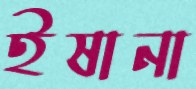
ইষানা